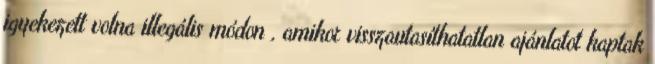
igyekezett volna illegális módon , amikor visszautasíthatatlan ajánlatot kaptak